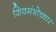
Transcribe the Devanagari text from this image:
शिवमंत्रोच्चार